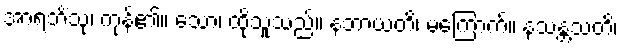
အာရဘိံသု၊ ကုန်၏။ သော၊ ထိုသူသည်။ နဘာယတိ၊ မကြောက်။ နသန္တသတိ၊